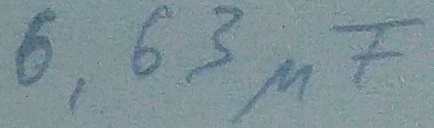
Text: 6,63µF